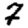
Digit: 7